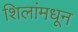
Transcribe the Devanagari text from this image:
शिलांमधून